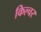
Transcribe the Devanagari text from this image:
किल्चर